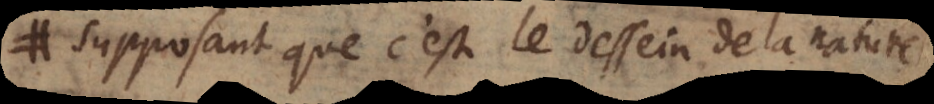
supposans que c’est le dessein de la nature